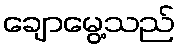
ချောမွေ့သည်